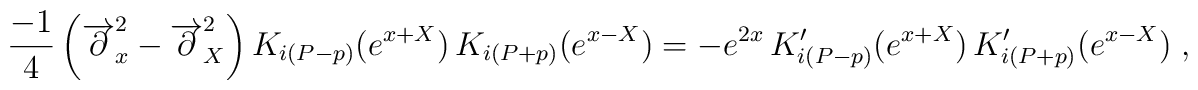
\frac{-1}{4}\left(\overrightarrow{\partial}_{x}^{2}-\overrightarrow{\partial}_{X}^{2}\right) K_{i\left( P-p\right)}(e^{x+X})\,K_{i\left(P+p\right)}(e^{x-X})=-e^{2x}\,K_{i\left(P-p\right)}^{\prime}(e^{x+X})\,K_{i\left(P+p\right)}^{\prime}(e^{x-X})\;,